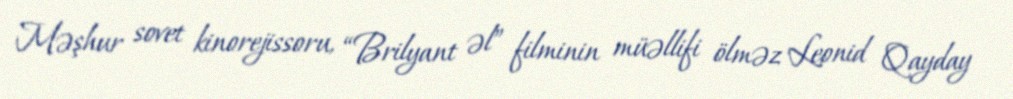
Məşhur sovet kinorejissoru, “Brilyant əl” filminin müəllifi ölməz Leonid Qayday